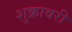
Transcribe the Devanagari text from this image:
शुक्रावरी